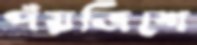
পঁয়ত্রিশে